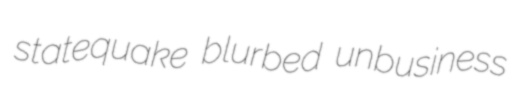
statequake blurbed unbusiness